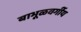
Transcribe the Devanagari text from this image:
बाभूळवर्गीय